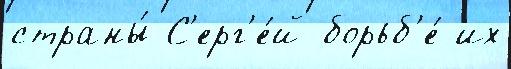
страны́ С'ерг'е́й борьб'е́ их